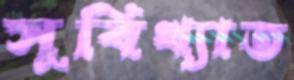
সুবিখ্যাত